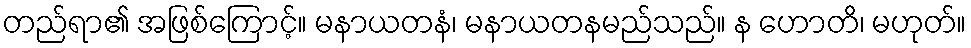
တည်ရာ၏ အဖြစ်ကြောင့်။ မနာယတနံ၊ မနာယတနမည်သည်။ န ဟောတိ၊ မဟုတ်။